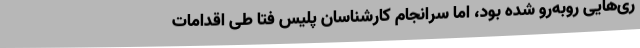
ری‌هایی روبه‌رو شده بود، اما سرانجام کارشناسان پلیس فتا طی اقدامات